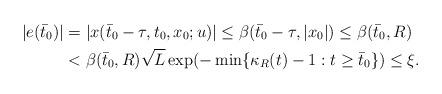
LaTeX: \begin{align*}|e(\bar{t}_0)|&=|x(\bar{t}_0-\tau,t_0,x_0;u)|\leq {\beta(\bar{t}_0-\tau,|x_0|)\le\beta(\bar{t}_0,R)}\\&< {\beta(\bar{t}_0,R)\sqrt{L}\exp(-\min\{\kappa_{R}(t)-1:t\ge \bar{t}_0\})}\leq\xi. \end{align*}